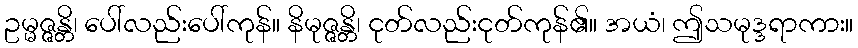
ဥမ္မဇ္ဇန္တိ၊ ပေါ်လည်းပေါ်ကုန်။ နိမုဇ္ဇန္တိ၊ ငုတ်လည်းငုတ်ကုန်၏။ အယံ၊ ဤသမုဒ္ဒရာကား။